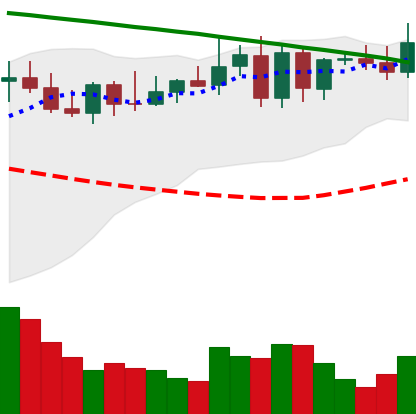
Ticker: XMR-USD
Chart end date: 2022-08-16
Forward return: -9.046%
Label: down_7plus